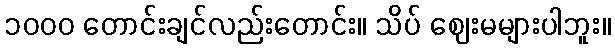
၁၀၀၀ တောင်းချင်လည်းတောင်း။ သိပ် ဈေးမများပါဘူး။